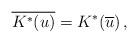
LaTeX: \begin{align*}\overline{K^*(u)}=K^*(\overline{u})\,,\end{align*}